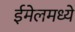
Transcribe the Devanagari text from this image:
ईमेलमध्ये